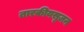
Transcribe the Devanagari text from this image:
तारकीयसृजन